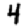
Digit: 4